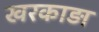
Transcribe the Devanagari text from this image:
खरकाड़ा